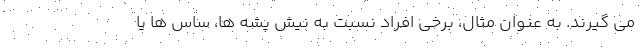
می گیرند. به عنوان مثال، برخی افراد نسبت به نیش پشه ها، ساس ها یا